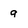
Character: 9